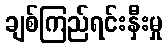
ချစ်ကြည်ရင်းနှီးမှု